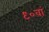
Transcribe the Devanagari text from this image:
९०वां